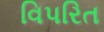
વિપરિત